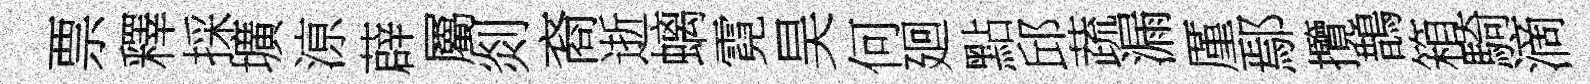
票釋採壙鿌薜屬剡裔逝螭霓昊何廻點邱蔬漏厪鄢攬鵲箱騎滴